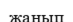
жанып